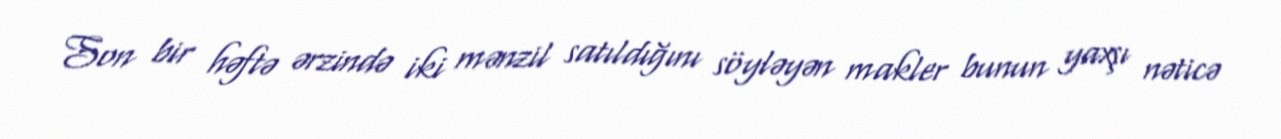
Son bir həftə ərzində iki mənzil satıldığını söyləyən makler bunun yaxşı nəticə